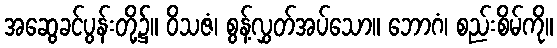
အဆွေခင်ပွန်းတို့၌။ ဝိသဇံ၊ စွန့်လွှတ်အပ်သော။ ဘောဂံ၊ စည်းစိမ်ကို။